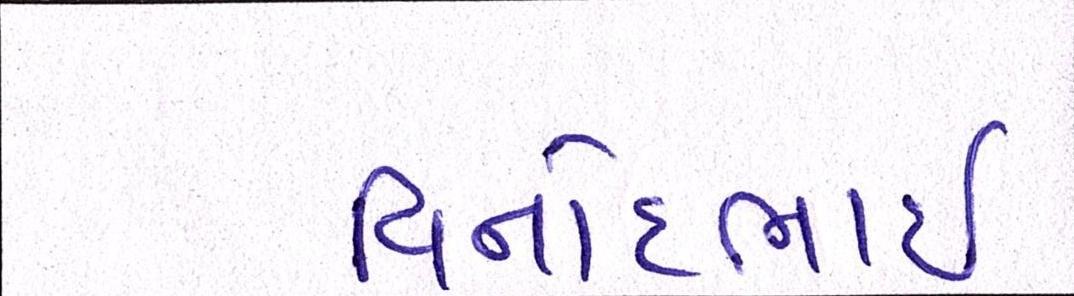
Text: વિનોદભાઈ